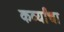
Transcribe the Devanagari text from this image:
कर्व्यांचा